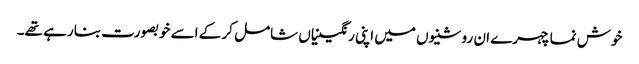
خوش نما چہرے ان روشنیوں میں اپنی رنگینیاں شامل کر کے اسے خوبصورت بنا رہے تھے۔